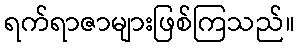
ရက်ရာဇာများဖြစ်ကြသည်။